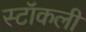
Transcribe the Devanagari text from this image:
स्टॉकली